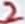
Text: 2